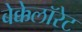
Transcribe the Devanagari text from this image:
बेक्केलॉरेट